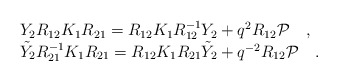
\begin{align*}\begin{array}{l}Y_{2} R_{12} K_{1} R_{21} = R_{12} K_{1} R^{-1}_{12} Y_{2} + q^2R_{12}{\cal P} \quad, \\\tilde{Y}_{2} R_{21}^{-1} K_{1} R_{21} = R_{12} K_{1} R_{21} \tilde{Y}_{2}+ q^{-2} R_{12}{\cal P}\quad.\end{array}\end{align*}